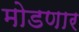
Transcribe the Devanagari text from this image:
मोडणार